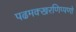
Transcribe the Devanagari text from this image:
पढमक्खरणिप्पणो